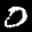
Label: 0